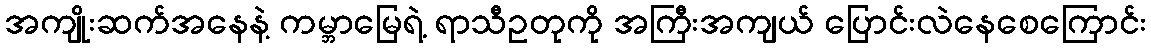
အကျိုးဆက်အနေနဲ့ ကမ္ဘာမြေရဲ့ ရာသီဥတုကို အကြီးအကျယ် ပြောင်းလဲနေစေကြောင်း